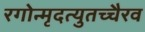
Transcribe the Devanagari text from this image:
रगोन्मृदत्युतच्चैरव